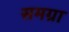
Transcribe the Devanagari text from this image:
समग्रा